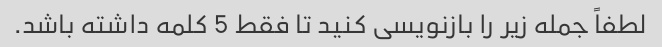
لطفاً جمله زیر را بازنویسی کنید تا فقط 5 کلمه داشته باشد.